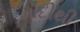
મોદીથી